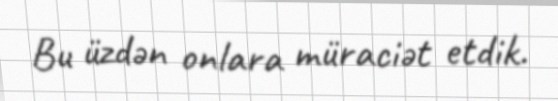
Bu üzdən onlara müraciət etdik.